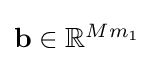
{\textstyle \mathbf {b} \in \mathbb {R} ^{Mm_{1}}}